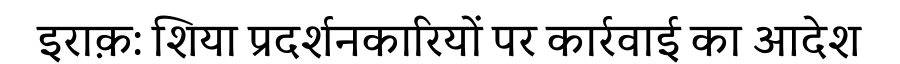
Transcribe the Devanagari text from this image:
इराक़: शिया प्रदर्शनकारियों पर कार्रवाई का आदेश